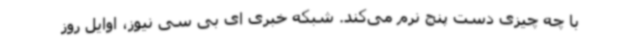
با چه چیزی دست پنج نرم می‌کند. شبکه خبری ای بی سی نیوز، اوایل روز